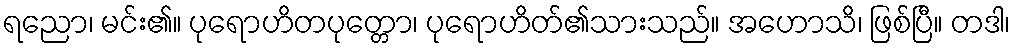
ရညော၊ မင်း၏။ ပုရောဟိတပုတ္တော၊ ပုရောဟိတ်၏သားသည်။ အဟောသိ၊ ဖြစ်ပြီ။ တဒါ၊